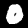
Label: 0